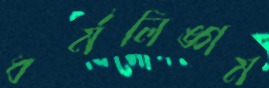
ধর্মলিঙ্গম